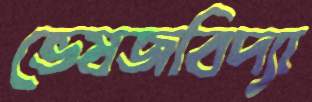
ভেষজবিদ্যা